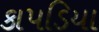
કાપડિયા